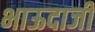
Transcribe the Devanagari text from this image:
भाऊदाजी